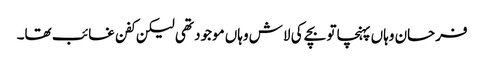
فرحان وہاں پہنچا تو بچے کی لاش وہاں موجود تھی لیکن کفن غائب تھا۔